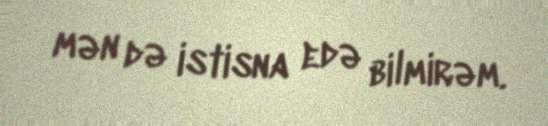
mən də istisna edə bilmirəm.